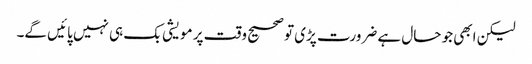
لیکن ابھی جو حال ہے ضرورت پڑی تو صحیح وقت پر مویشی بک ہی نہیں پائیں گے۔